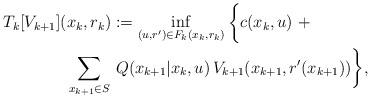
LaTeX: \begin{align*}T_k[V_{k+1}]&(x_k, r_k) := \inf_{(u,r^{\prime})\in F_k(x_k, r_k)} \, \biggl\{c(x_k,u) \, \,+\\& \ \sum_{x_{k+1} \in S} \, Q(x_{k+1}|x_k,u)\, V_{k+1}(x_{k+1}, r^{\prime}(x_{k+1})) \biggr\},\end{align*}